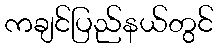
ကချင်ပြည်နယ်တွင်